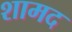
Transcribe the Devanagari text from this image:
शामद